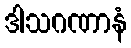
ဒါသဂဏာနံ